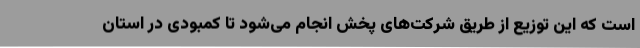
است که این توزیع از طریق شرکت‌های پخش انجام می‌شود تا کمبودی در استان